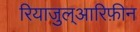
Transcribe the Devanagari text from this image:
रियाजुल्आरिफ़ीन